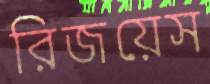
রিজয়েস